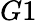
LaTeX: G1